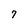
Character: 7